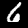
Label: 6